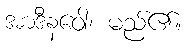
အာဒီနဝေါ၊ မည်၏။